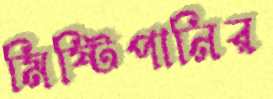
মিষ্টিপানির